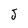
Character: J